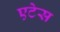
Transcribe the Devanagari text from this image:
एटेस